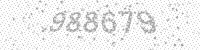
Solution: 988679